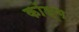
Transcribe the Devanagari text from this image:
कॉङ्‌ग